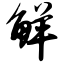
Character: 鲜